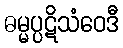
ဓမ္မပ္ပဋိသံဝေဒီ